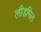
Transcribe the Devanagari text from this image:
लीडमिल